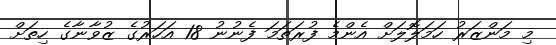
މި މަންޒަރު ހަމަލޮލަށް އެންމެ ފުރަތަމަ ފެނުނު 18 އަހަރުގެ ޒުވާނާގެ ހިތަށް